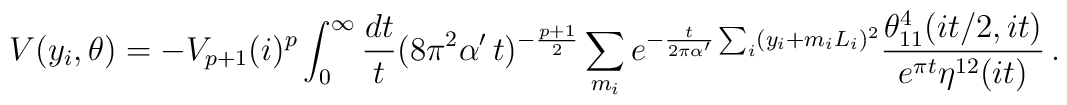
V(y_i,\theta) = - V_{p+1} (i)^p \int_0^\infty \frac{dt}{t}(8 \pi^2\alpha'\,t)^{-\frac{p+1}{2}}  \sum_{m_i} e^{- {t\over2\pi\alpha'}\sum_i (y_i + m_i L_i)^2} \frac{\theta^4_{11}(it/2,it)}{e^{\pi t}\eta^{12}(it)}\,.